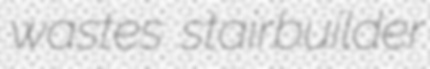
wastes stairbuilder